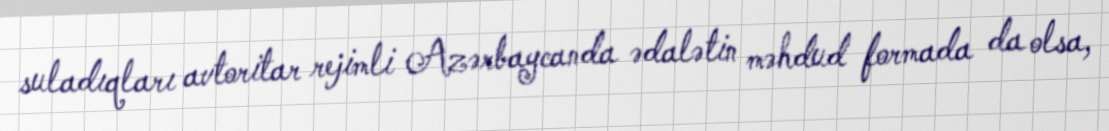
suladıqları avtoritar rejimli Azərbaycanda ədalətin məhdud formada da olsa,